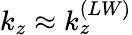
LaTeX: k_{z}\approx k_{z}^{(LW)}